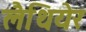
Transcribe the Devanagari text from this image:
लैथियेर